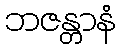
ဘဇန္တာနံ